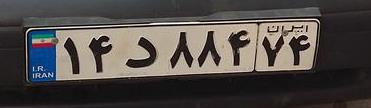
۱۴د۸۸۴۷۴